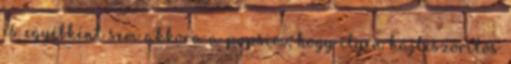
és egyébként sem akkora a popsim, hogy ilyen hájleszorítós